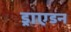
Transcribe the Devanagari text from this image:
ड्राएडन